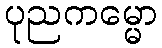
ပုညကမ္မော